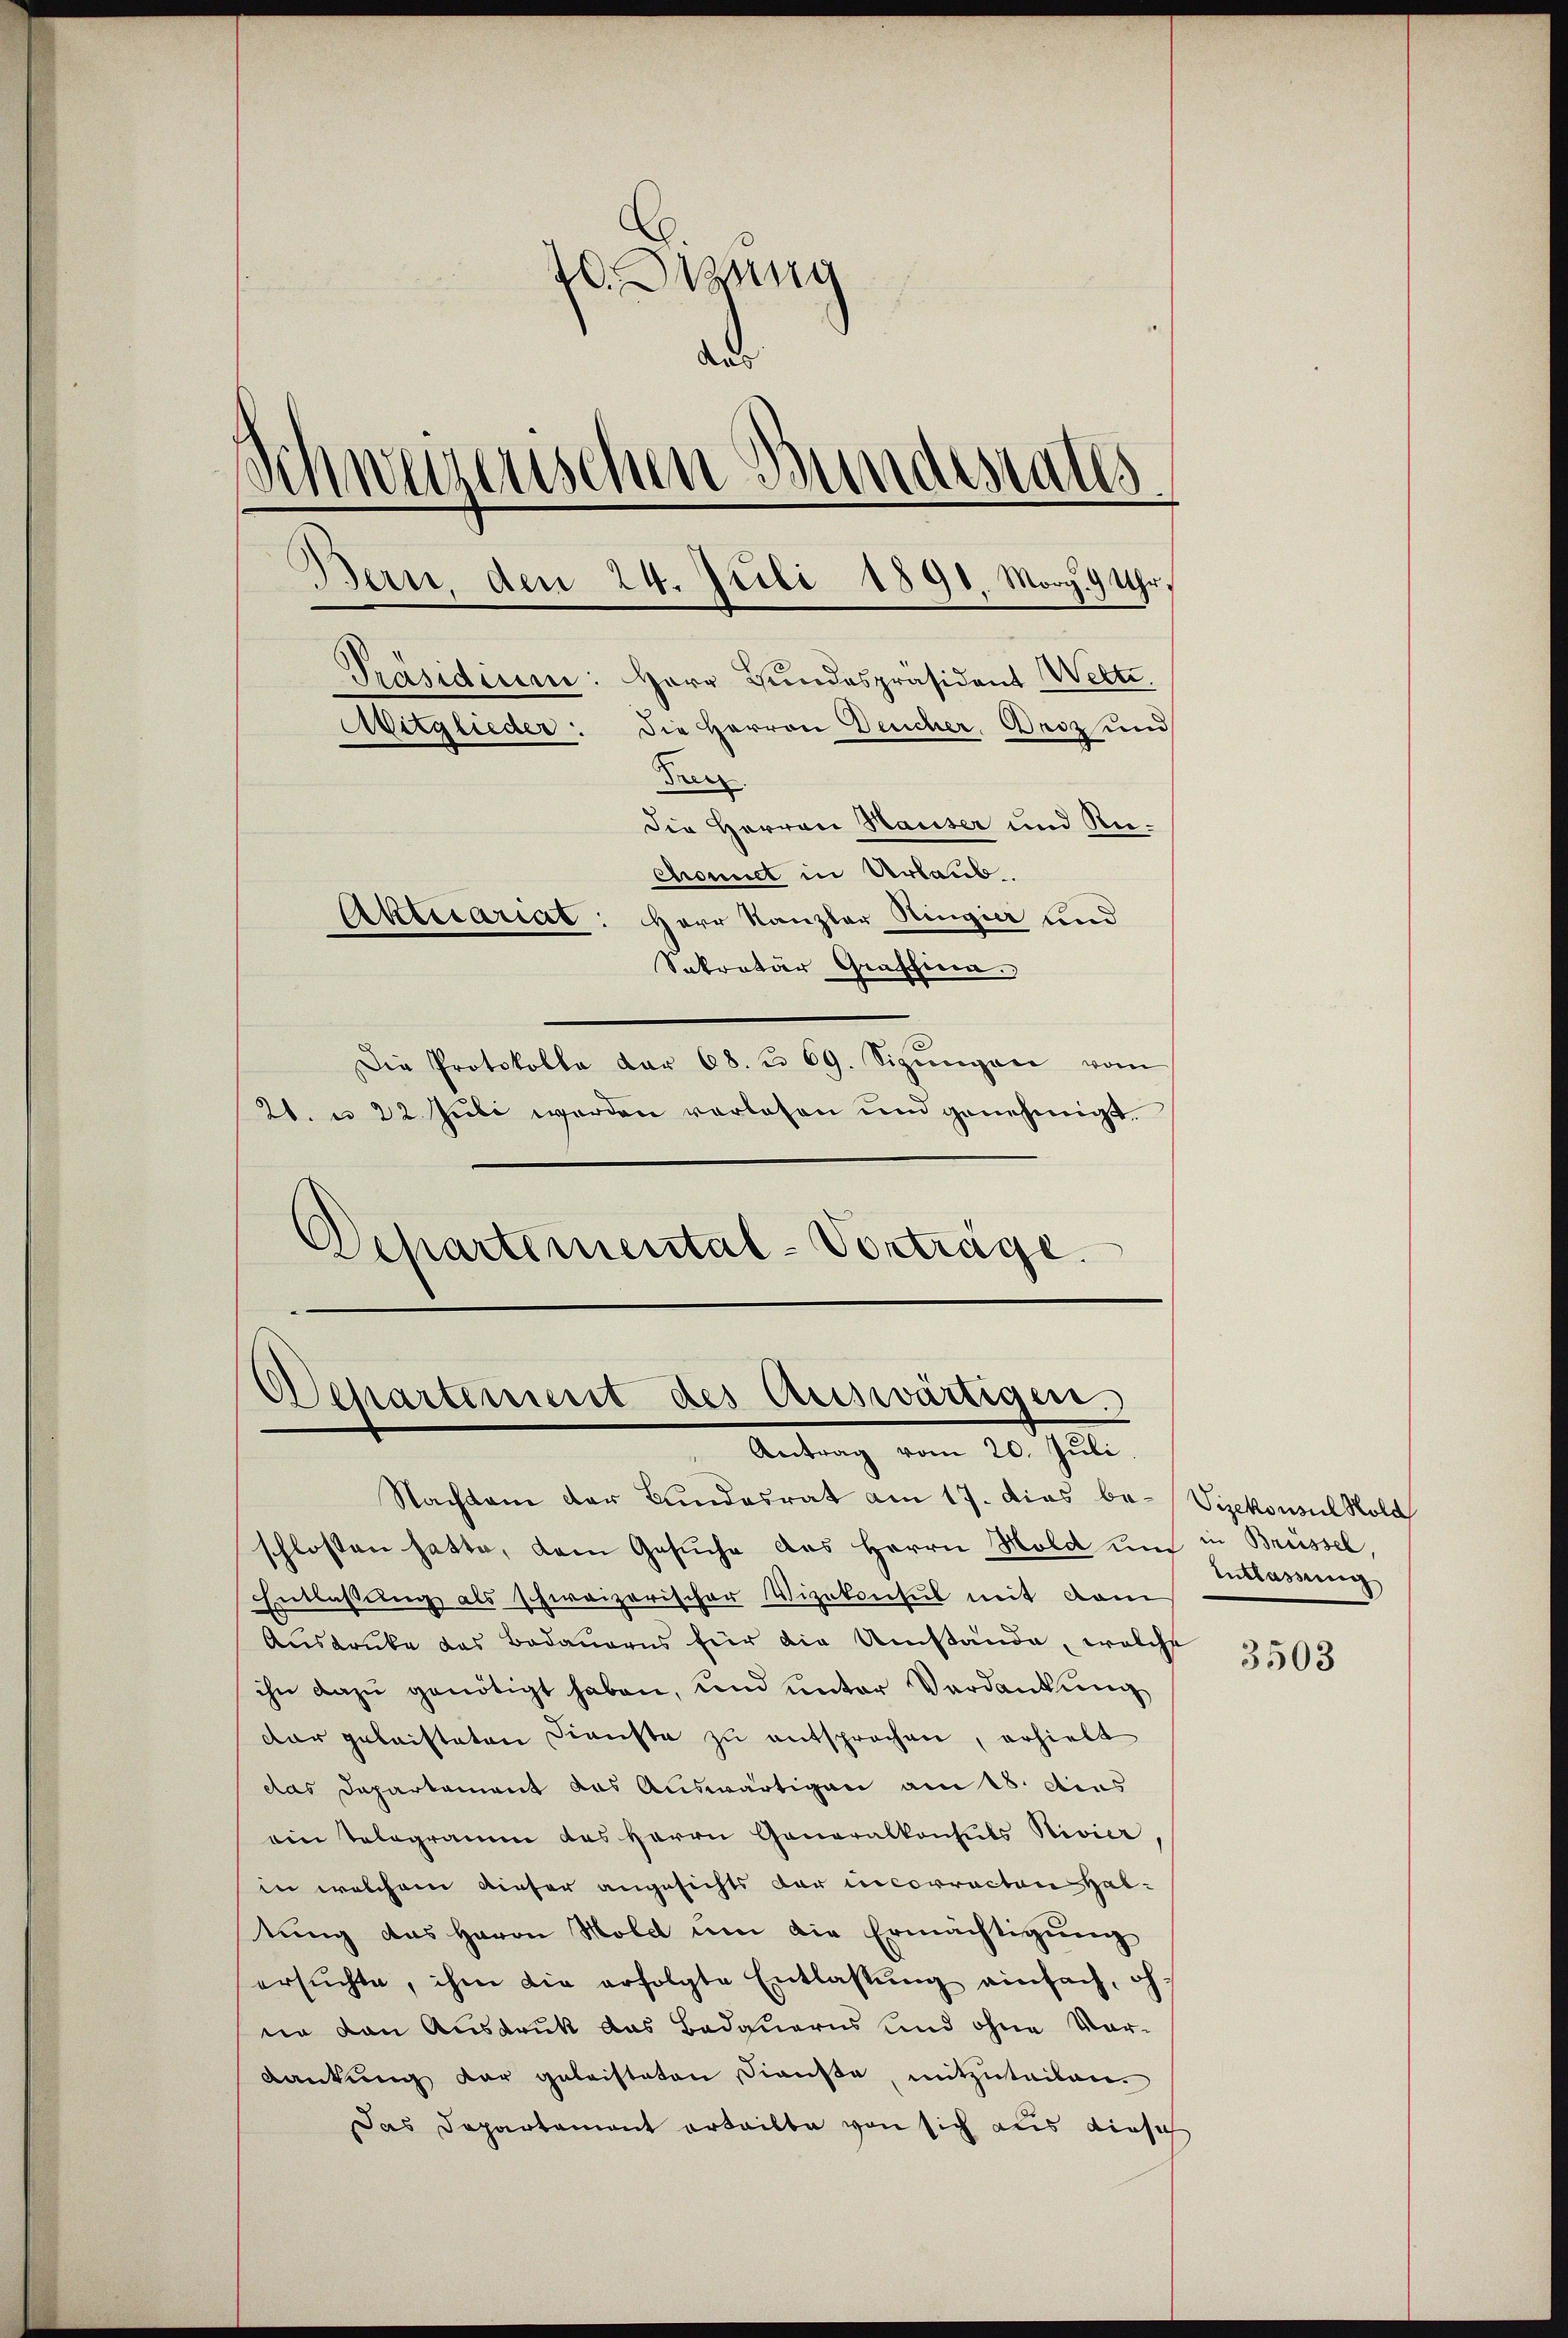
20. Jung
ad
di
seizerischen Bundestalls
Ban, den 24. Juli 1891. Morz. 9 Uhr,
Präsidium: Herr Bundespräsident Wette.
Mitglieder: die Herren Deucher Beiz und
Dreiz
Die Herren Hauser und Re-
Chonnet in Urlaub.
Aktecariat: Herr Kanzler Ringier und
Sokratur Graffina.
Die Protokolla dar 68. u. 69. Sizŭngene vom
21. u 22 Juli werden vorlesen und genehmigt.

Departemental-Vorträge.

Departement des Auswärtigen.
Antrag vom 20. Juli

Nachtane der Bundesrat am 17. dies be- Vizekonsul Hold
schlossen hatte, dem Gesuche das Herrn Mold um in Brüssel,
Entlassŭng als schweizerischer Vizekonsul mit dam
Ausdrucke das Bedauerns für die Umstände, welche
ihn dazu genötigt haben, und unter Verdankung
dar geleisteten Dienste zu entsprochen, erhielt
das Departement das Auswärtigen am 18. dies
ein Telegramm des Herrn Generalkonsuls Nivier
in welchem dieser angesichts der incorrecton Haltung das Herrn Hold um die Ermächtigung
ersŭchte, ihm die erfolgte Entlassŭng einfach, ohne von Ausdruck das Bedauerns und ohne Vordankung der geleisteten Dienste, mitzuteilen.
Das Departament erteilte von sich aus diese

Entlassung

3503